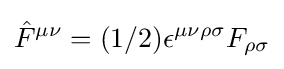
{\hat {F}}^{\mu \nu }=(1/2)\epsilon ^{\mu \nu \rho \sigma }F_{\rho \sigma }